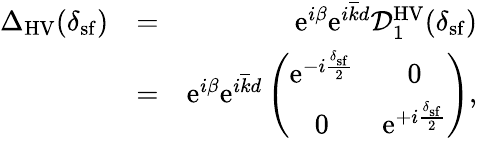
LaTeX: \begin{array}{rlr}{{\Delta}_{\mathrm{HV}}(\delta_{\mathrm{sf}})}&{=}&{\mathrm{e}^{i\beta}\mathrm{e}^{i\overline{{k}}d}\mathcal{D}_{1}^{\mathrm{HV}}(\delta_{\mathrm{sf}})}\\ &{=}&{\mathrm{e}^{i\beta}\mathrm{e}^{i\overline{{k}}d}\left(\begin{array}{cc}{\mathrm{e}^{-i\frac{\delta_{\mathrm{sf}}}{2}}}&{0}\\ {0}&{\mathrm{e}^{+i\frac{\delta_{\mathrm{sf}}}{2}}}\end{array}\right),}\end{array}